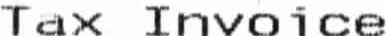
TAX INVOICE